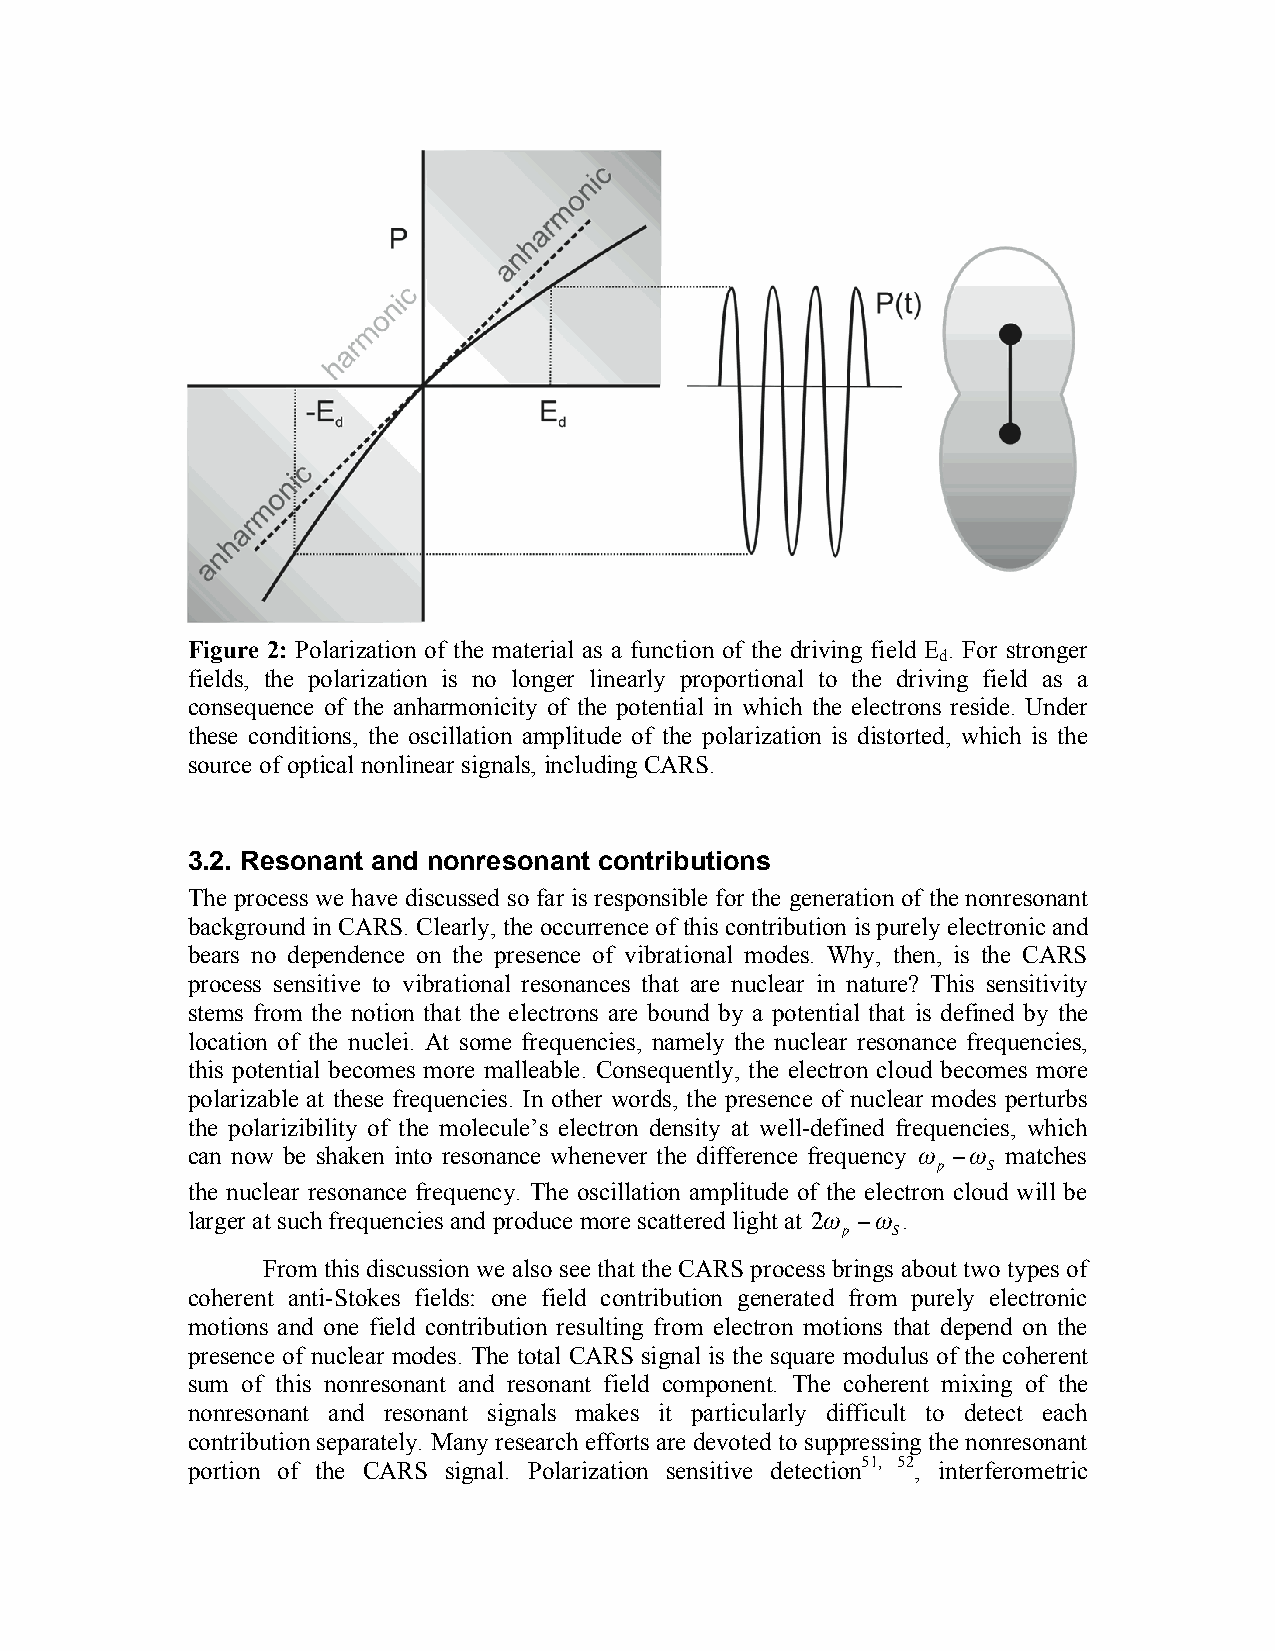
Figure 2: Polarization of the material as a function of the driving field E . For stronger
 d
 fields, the polarization is no longer linearly proportional to the driving field as a
 consequence of the anharmonicity of the potential in which the electrons reside. Under
 these conditions, the oscillation amplitude of the polarization is distorted, which is the
 source of optical nonlinear signals, including CARS.
 3.2. Resonant and nonresonant contributions
 The process we have discussed so far is responsible for the generation of the nonresonant
 background in CARS. Clearly, the occurrence of this contribution is purely electronic and
 bears no dependence on the presence of vibrational modes. Why, then, is the CARS
 process sensitive to vibrational resonances that are nuclear in nature? This sensitivity
 stems from the notion that the electrons are bound by a potential that is defined by the
 location of the nuclei. At some frequencies, namely the nuclear resonance frequencies,
 this potential becomes more malleable. Consequently, the electron cloud becomes more
 polarizable at these frequencies. In other words, the presence of nuclear modes perturbs
 the polarizibility of the molecule’s electron density at well-defined frequencies, which
 can now be shaken into resonance whenever the difference frequency " #" matches
 p  S
 the nuclear resonance frequency. The oscillation amplitude of the electron cloud will be
 larger at such frequencies and produce more scattered light at 2" #" .
 p  S
 From this discussion we also see that the CARS proces!s b rings about two types of
 coherent anti-Stokes fields: one field contribution generated from purely electronic
 motions and one field contribution resulting from electron motions that depend on the
 !
 presence of nuclear modes. The total CARS signal is the square modulus of the coherent
 sum of this nonresonant and resonant field component. The coherent mixing of the
 nonresonant and resonant signals makes it particularly difficult to detect each
 contribution separately. Many research efforts are devoted to suppressing the nonresonant
 portion of the CARS signal. Polarization sensitive detection51, 52, interferometric